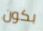
بكون